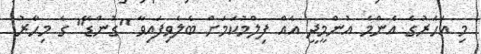
މި އަހަރުގެ އެންމެ އުންމީދީ އެއް ފިލްމުކަމަށް ބެލެވިފައިވާ "ގުންޑޭ" ގެ މިހާރު